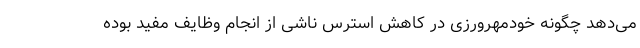
می‌دهد چگونه خودمهرورزی در کاهش استرس ناشی از انجام وظایف مفید بوده